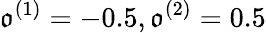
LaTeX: \mathfrak{o}^{(1)}=-0.5,\mathfrak{o}^{(2)}=0.5